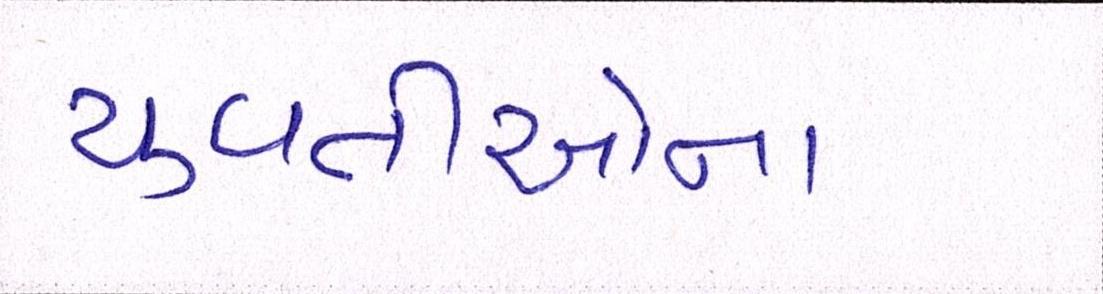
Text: યુવતીઓના